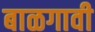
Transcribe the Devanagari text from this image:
बाळगावी